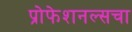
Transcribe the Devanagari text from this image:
प्रोफेशनल्सचा